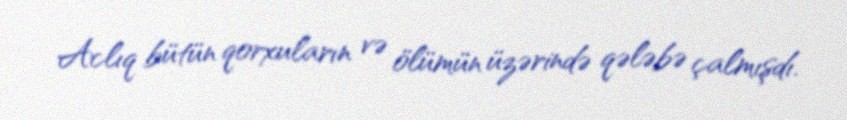
Aclıq bütün qorxuların və ölümün üzərində qələbə çalmışdı.